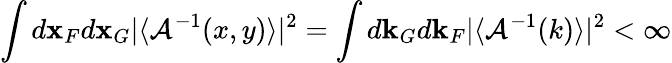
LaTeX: \int d{\mathbf x}_{F}d{\mathbf x}_{G}\vert\langle{\cal A}^{-1}(x,y)\rangle\vert^{2}=\int d{\mathbf k}_{G}d{\mathbf k}_{F}\vert\langle{\cal A}^{-1}(k)\rangle\vert^{2}<\infty